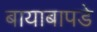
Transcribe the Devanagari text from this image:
बायाबापडे